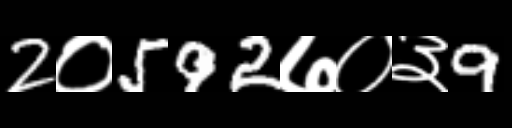
Text: 2०592७०३9